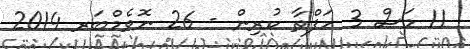
11 މަސް 3 ހަފްތާ ކުރިން - 26 ނޮވެމްބަރ 2014